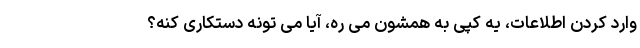
وارد کردن اطلاعات، یه کپی به همشون می ره، آیا می تونه دستکاری کنه؟